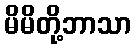
မိမိတို့ဘာသာ